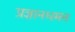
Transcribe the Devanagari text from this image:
प्रज्ञानधमन